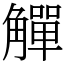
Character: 觶